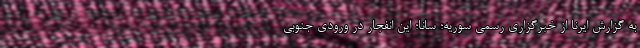
به گزارش ایرنا از خبرگزاری رسمی سوریه؛ سانا؛ این انفجار در ورودی جنوبی